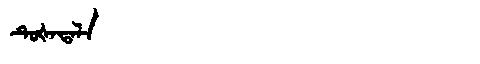
Manchu: ᡨᡠᡧᠠᡨᠠᠯᠠ
Romanization: TUŠATALA